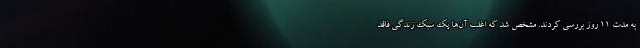
به مدت ۱۱ روز بررسی کردند. مشخص شد که اغلب آن‌ها یک سبک زندگی فاقد